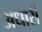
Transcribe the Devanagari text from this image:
अधारी